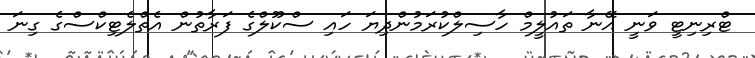
ޓްރިނިޓީ ވަނީ އޭނާ ތައުލީމް ހާސިލްކުރަމުންދިޔަ ހައި ސްކޫލްގެ ފަރާތުން އެތްލެޓިކްސްގެ ގިނަ